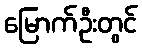
မြောက်ဦးတွင်